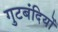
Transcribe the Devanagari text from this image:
गुटबंदियों